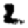
Digit: 2